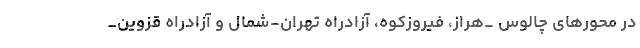
در محورهای چالوس _هراز، فیروزکوه، آزادراه تهران-شمال و آزادراه قزوین_